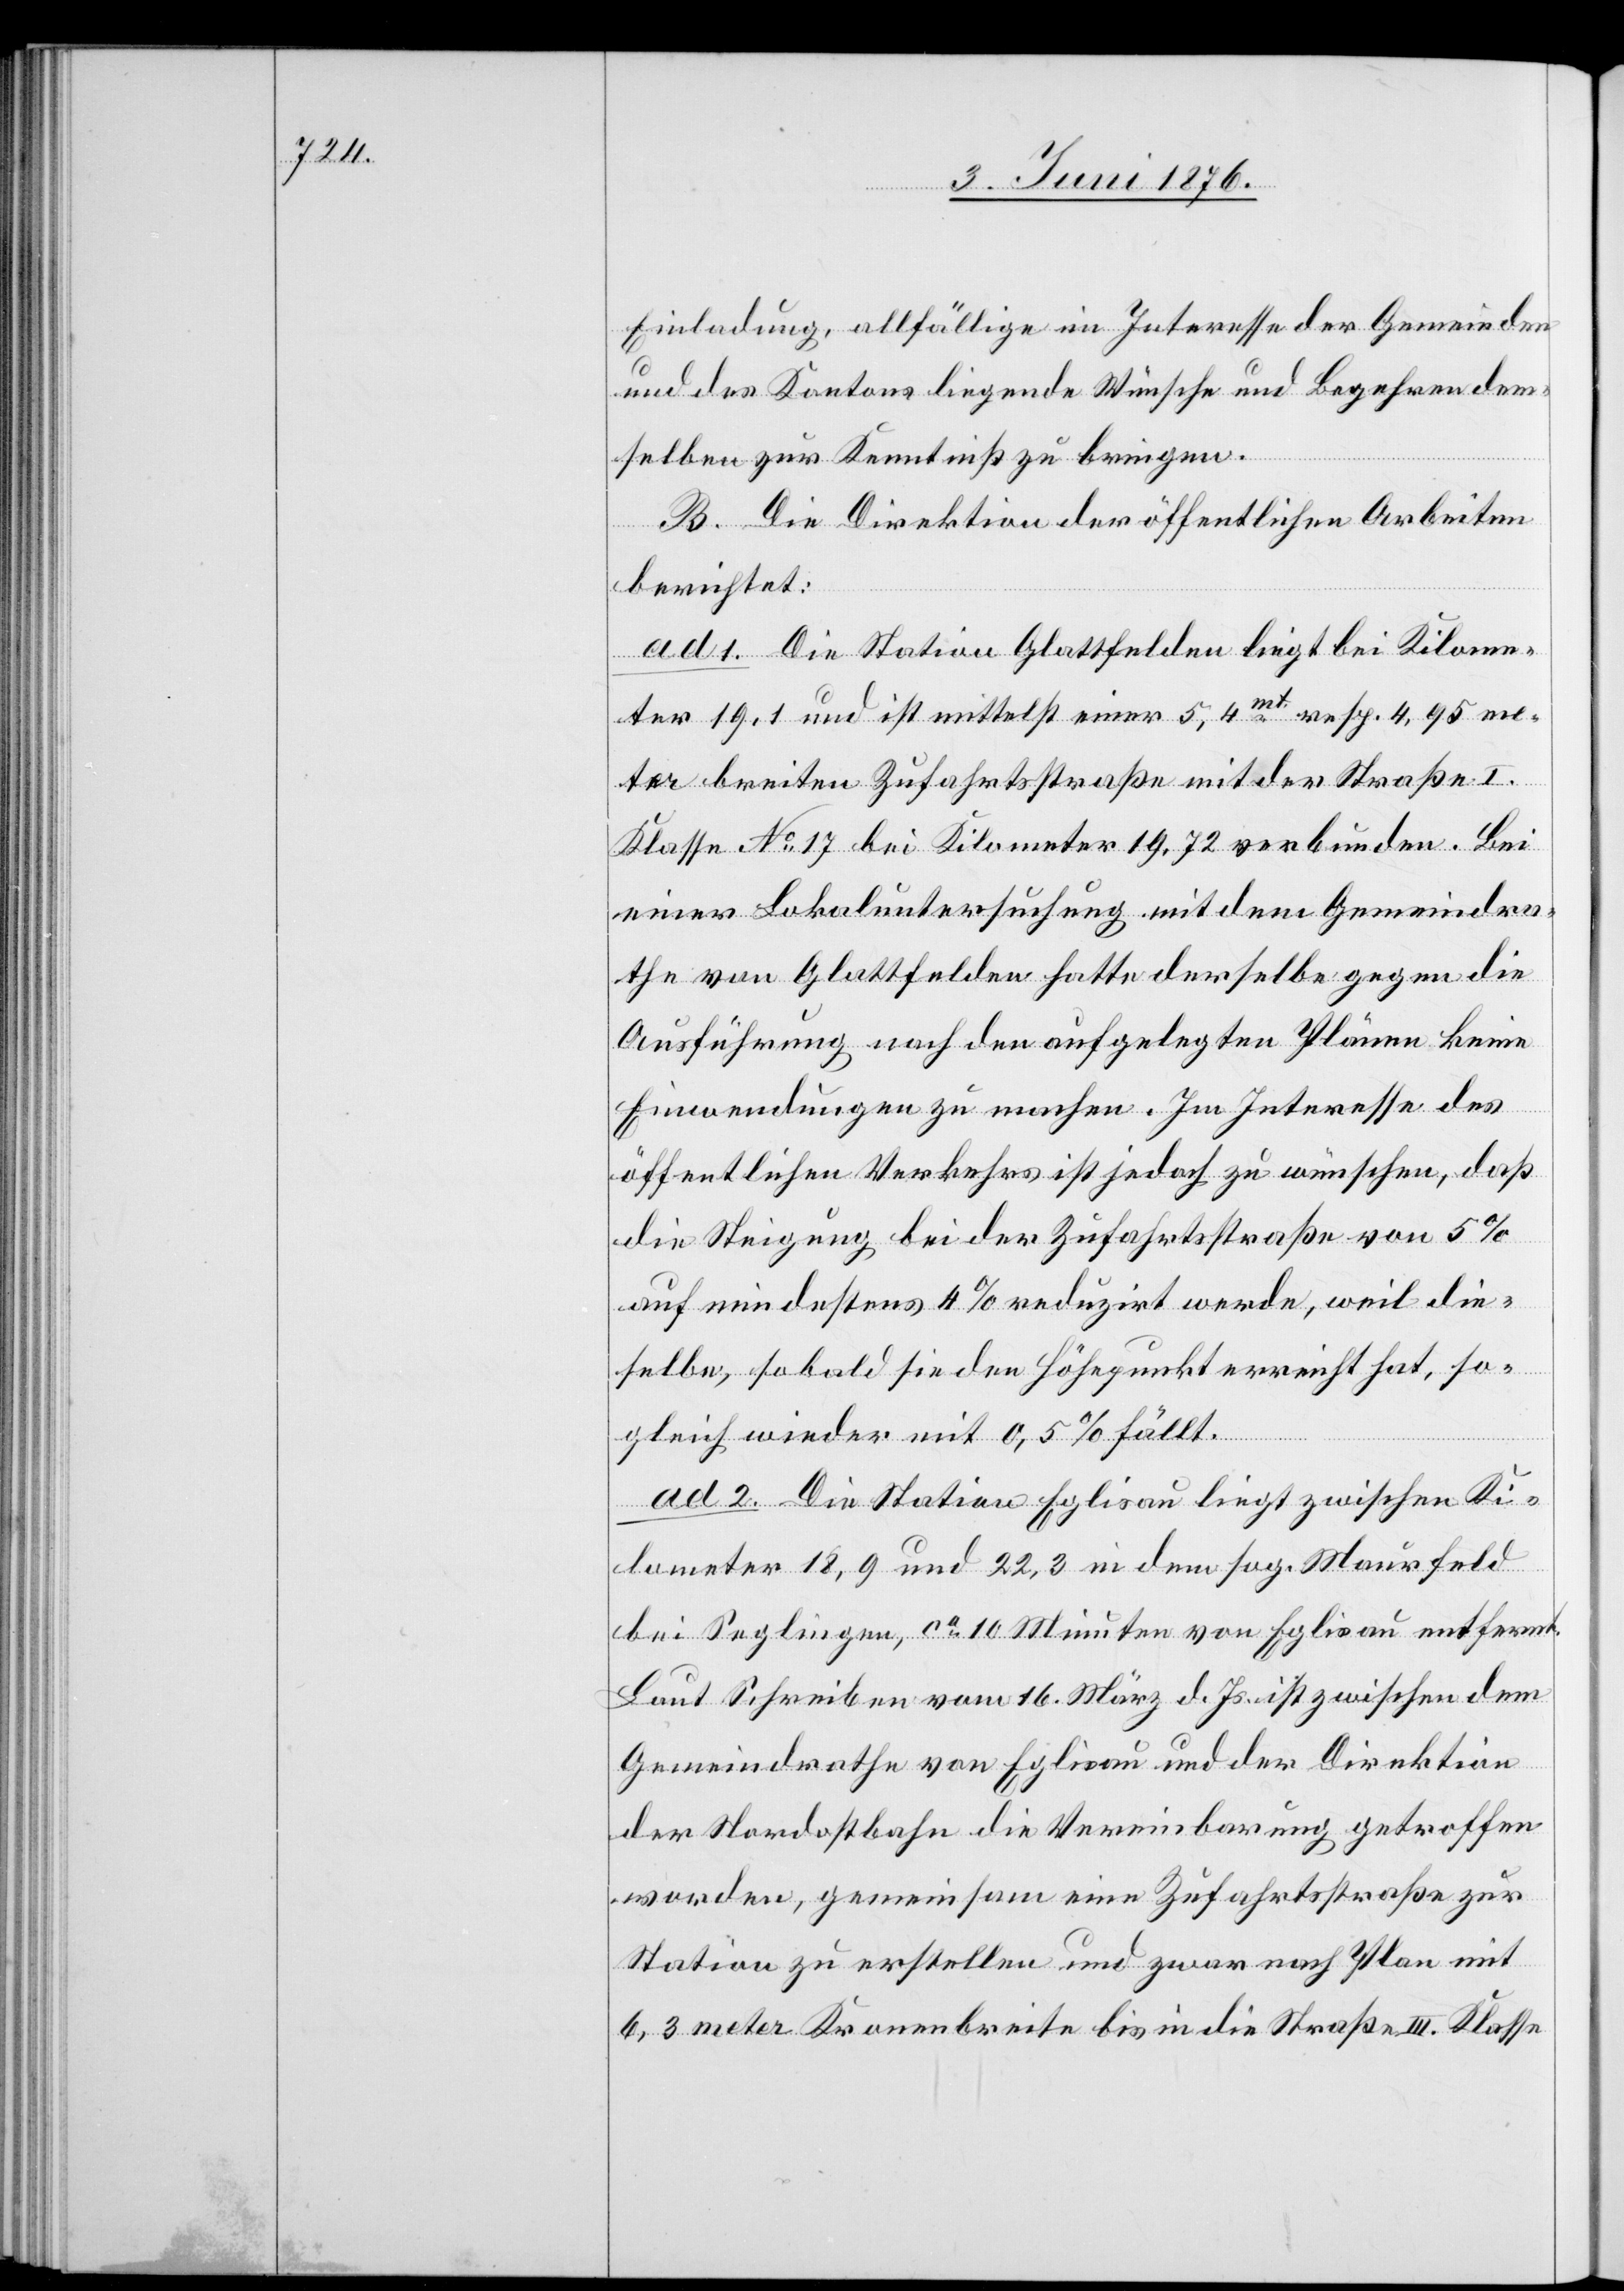
Einladung, allfällige im Interesse der Gemeinden
und des Kantons liegende Wünsche und Begehren dem¬
selben zur Kenntniß zu bringen.
B. Die Direktion der öffentlichen Arbeiten
berichtet:
ad 1. Die Station Glattfelden liegt bei Kilome¬
ter 19,1 und ist mittelst einer 5,4mt resp. 4,95 me¬
ter breiten Zufahrtsstraße mit der Straße I.
Klasse No 17 bei Kilometer 19,72 verbunden. Bei
einer Lokaluntersuchung mit dem Gemeindra¬
the von Glattfelden hatte derselbe gegen die
Ausführung nach den aufgelegten Plänen keine
Einwendungen zu machen. Im Interesse des
öffentlichen Verkehrs ist jedoch zu wünschen, daß
die Steigung bei der Zufahrtsstraße von 5 %
auf mindestens 4 % reduzirt werde, weil die¬
selbe, sobald sie den Höhepunkt erreicht hat, so¬
gleich wieder mit 0,5 % fällt.
ad 2. Die Station Eglisau liegt zwischen Ki¬
lometer 18,9 und 22,3 in dem sog. Maurfeld
bei Seglingen, ca 10 Minuten von Eglisau entfernt.
Laut Schreiben vom 16. März d. Js. ist zwischen dem
Gemeindrathe von Eglisau und der Direktion
der Nordostbahn die Vereinbarung getroffen
worden, gemeinsam eine Zufahrtsstraße zur
Station zu erstellen und zwar nach Plan mit
6,3 meter Kronenbreite bis in die Straße III. Klasse